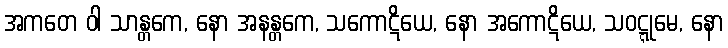
အကတေ ဝါ သာန္တကေ, နော အနန္တကေ, သကောဋိယေ, နော အကောဋိယေ, သဝဋ္ဋုမေ, နော